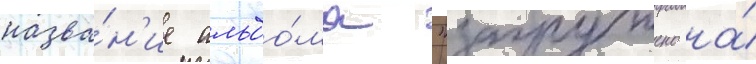
назва́н'ие альбо́ма "загружено на́